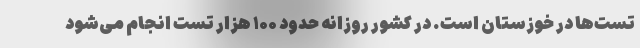
تست‌ها در خوزستان است. در کشور روزانه حدود ۱۰۰ هزار تست انجام می‌شود